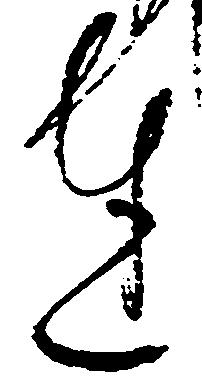
達